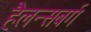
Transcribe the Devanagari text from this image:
हैलन्सबर्ग